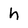
Character: h